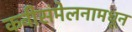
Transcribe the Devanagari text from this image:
कवीसंमेलनामधून